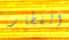
الفطار